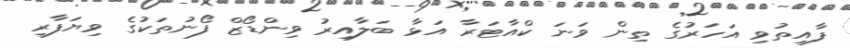
ފާއިތުވި އަހަރުގެ ތިން ވަނަ ކްއާޓަރާ އަޅާ ބަލާއިރު ވިންޑޯޒް ފޯނުތަކުގެ ވިޔަފާރި